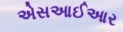
એસઆઈઆર